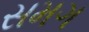
સમગ